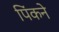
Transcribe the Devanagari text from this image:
पिंकने